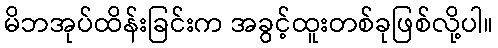
မိဘအုပ်ထိန်းခြင်းက အခွင့်ထူးတစ်ခုဖြစ်လို့ပါ။